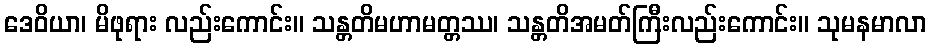
ဒေဝိယာ၊ မိဖုရား လည်းကောင်း။ သန္တတိမဟာမတ္တဿ၊ သန္တတိအမတ်ကြီးလည်းကောင်း။ သုမနမာလာ